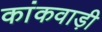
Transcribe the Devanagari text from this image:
कांकवाड़ी